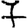
Digit: 7